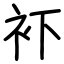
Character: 𧘔